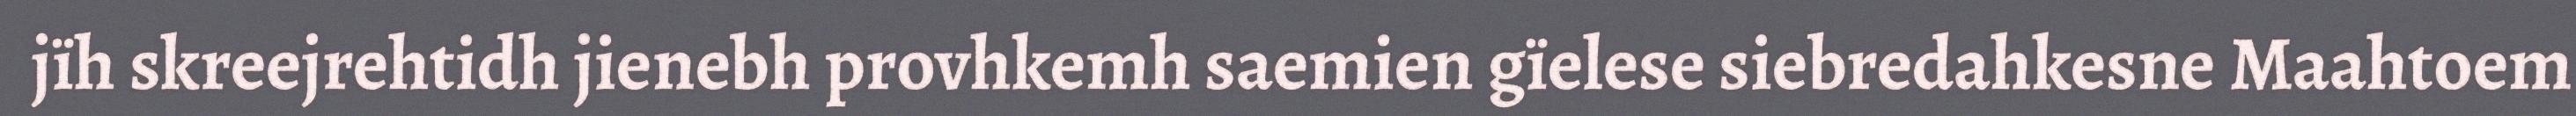
jïh skreejrehtidh jienebh provhkemh saemien gïelese siebredahkesne Maahtoem